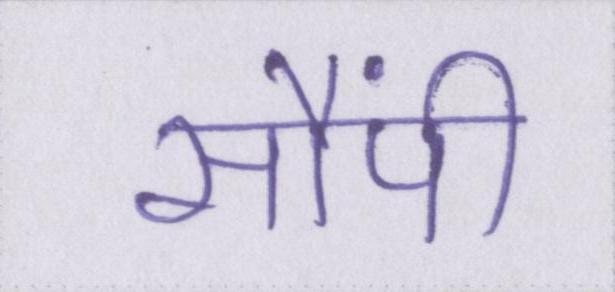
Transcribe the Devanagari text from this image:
सौंपी